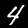
Label: 4